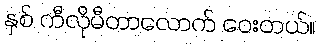
နှစ် ကီလိုမီတာလောက် ဝေးတယ်။